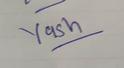
Signature authenticity: genuine